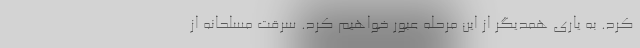
کرد. به یاری همدیگر از این مرحله عبور خواهیم کرد. سرقت مسلحانه از